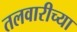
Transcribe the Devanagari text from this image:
तलवारीच्‍या